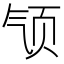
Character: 𱂡